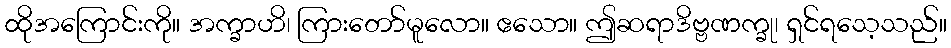
ထိုအကြောင်းကို။ အက္ခာဟိ၊ ကြားတော်မူလော။ ဧသော။ ဤဆရာဒိဗ္ဗဏက္ခု၊ ရှင်ရသေ့သည်။